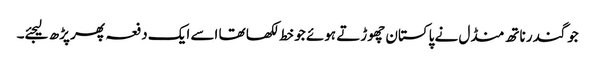
جوگندر ناتھ منڈل نے پاکستان چھوڑتے ہوئے جو خط لکھا تھا اسے ایک دفعہ پھر پڑھ لیجئے۔